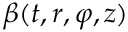
\beta ( t , r , \varphi , z )